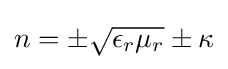
n=\pm {\sqrt {\epsilon _{r}\mu _{r}}}\pm \kappa